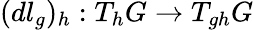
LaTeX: (dl_{g})_{h}:T_{h}G\to T_{gh}G